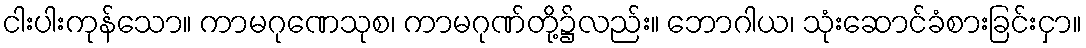
ငါးပါးကုန်သော။ ကာမဂုဏေသုစ၊ ကာမဂုဏ်တို့၌လည်း။ ဘောဂါယ၊ သုံးဆောင်ခံစားခြင်းငှာ။